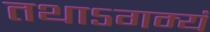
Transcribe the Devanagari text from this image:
तथाऽगम्यं